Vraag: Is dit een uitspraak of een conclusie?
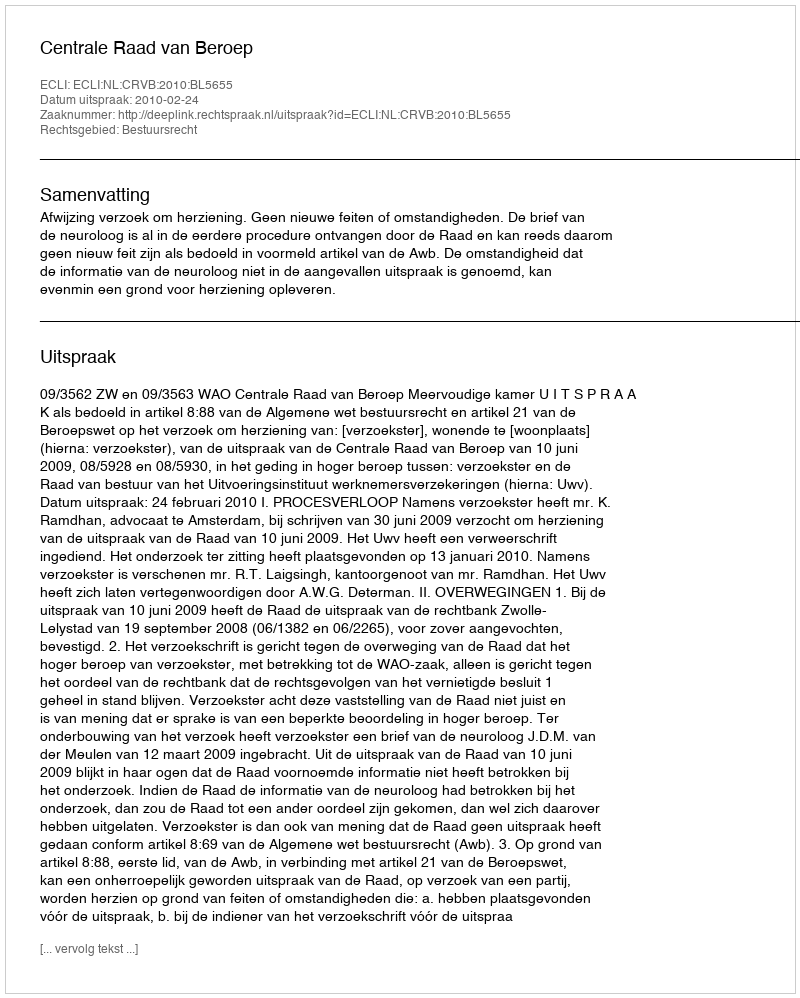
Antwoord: Uitspraak